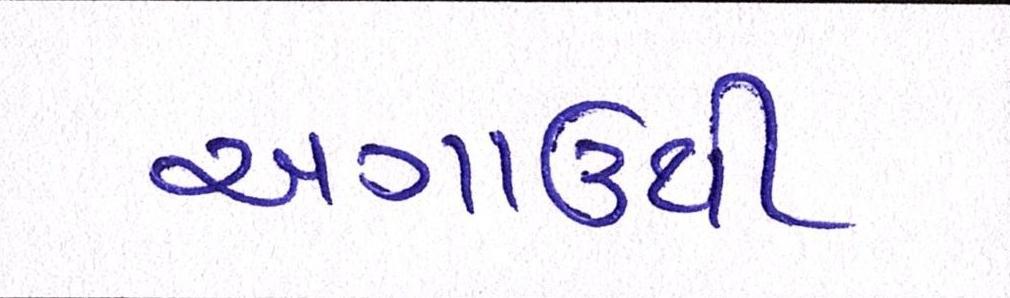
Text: અગાઉથી